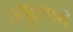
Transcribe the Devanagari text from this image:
ज्यूल्लारी